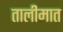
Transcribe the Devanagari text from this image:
तालीमात